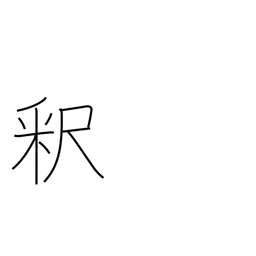
Meaning: explanation